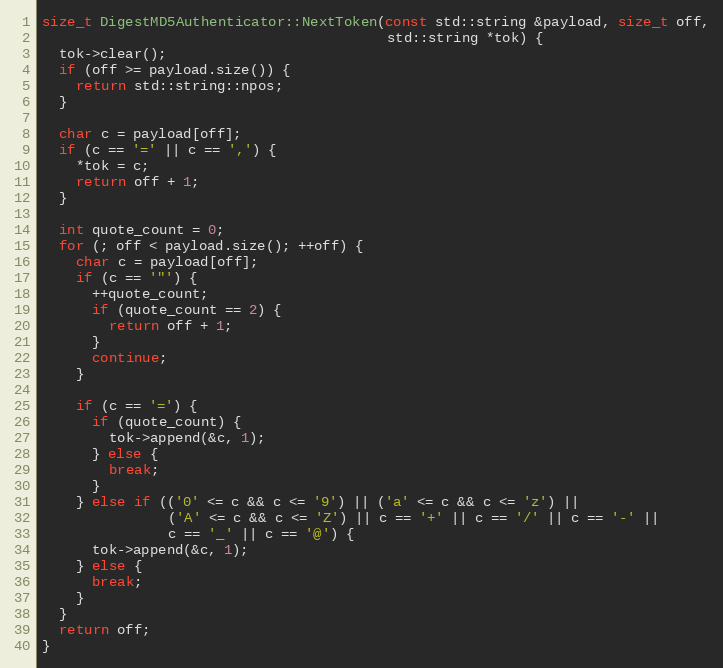
Language: C++
size_t DigestMD5Authenticator::NextToken(const std::string &payload, size_t off,
                                         std::string *tok) {
  tok->clear();
  if (off >= payload.size()) {
    return std::string::npos;
  }

  char c = payload[off];
  if (c == '=' || c == ',') {
    *tok = c;
    return off + 1;
  }

  int quote_count = 0;
  for (; off < payload.size(); ++off) {
    char c = payload[off];
    if (c == '"') {
      ++quote_count;
      if (quote_count == 2) {
        return off + 1;
      }
      continue;
    }

    if (c == '=') {
      if (quote_count) {
        tok->append(&c, 1);
      } else {
        break;
      }
    } else if (('0' <= c && c <= '9') || ('a' <= c && c <= 'z') ||
               ('A' <= c && c <= 'Z') || c == '+' || c == '/' || c == '-' ||
               c == '_' || c == '@') {
      tok->append(&c, 1);
    } else {
      break;
    }
  }
  return off;
}